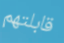
قابلتهم